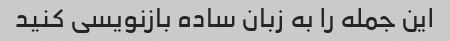
این جمله را به زبان ساده بازنویسی کنید